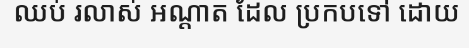
ឈប់ រលាស់ អណ្តាត ដែល ប្រកបទៅ ដោយ